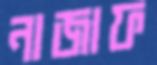
নাজাফ